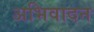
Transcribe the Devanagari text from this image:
अभिवादन